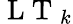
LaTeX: \mathrm{~L~T~}_{k}